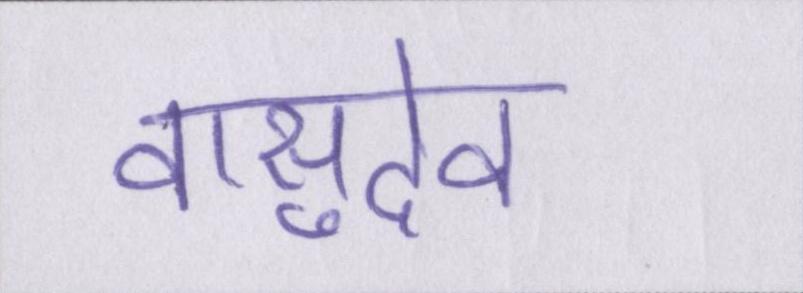
वासुदेव